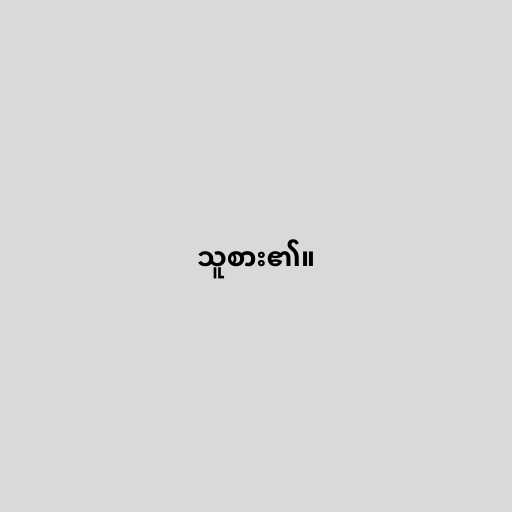
သူစား၏။